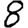
Digit: 8